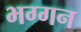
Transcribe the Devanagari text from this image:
भग्गन